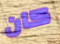
كان